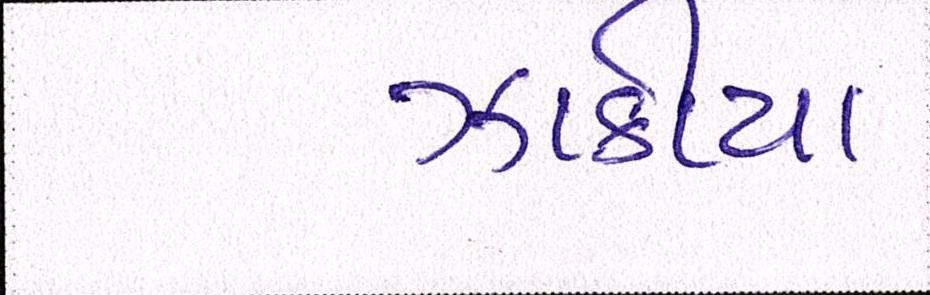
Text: ઝાકીયા